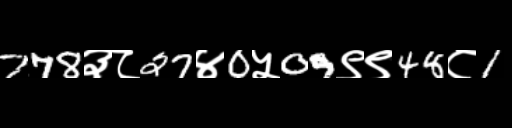
Text: 778३८27४0५09९९48८1